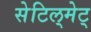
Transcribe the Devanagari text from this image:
सेटिल्‌मेट्